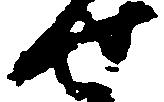
せ